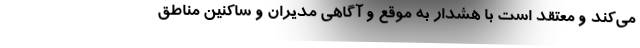
می‌کند و معتقد است با هشدار به موقع و آگاهی مدیران و ساکنین مناطق